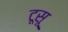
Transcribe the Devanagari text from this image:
टूसू